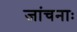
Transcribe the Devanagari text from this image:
जांचनाः